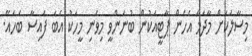
މިސާލަކަށް މާދަމާ އެހެން ޕާޓީއަކުން ބުނަންވީ މިވެނި މީހަކު އެބަ ފައިސާ ބަހައޭ.